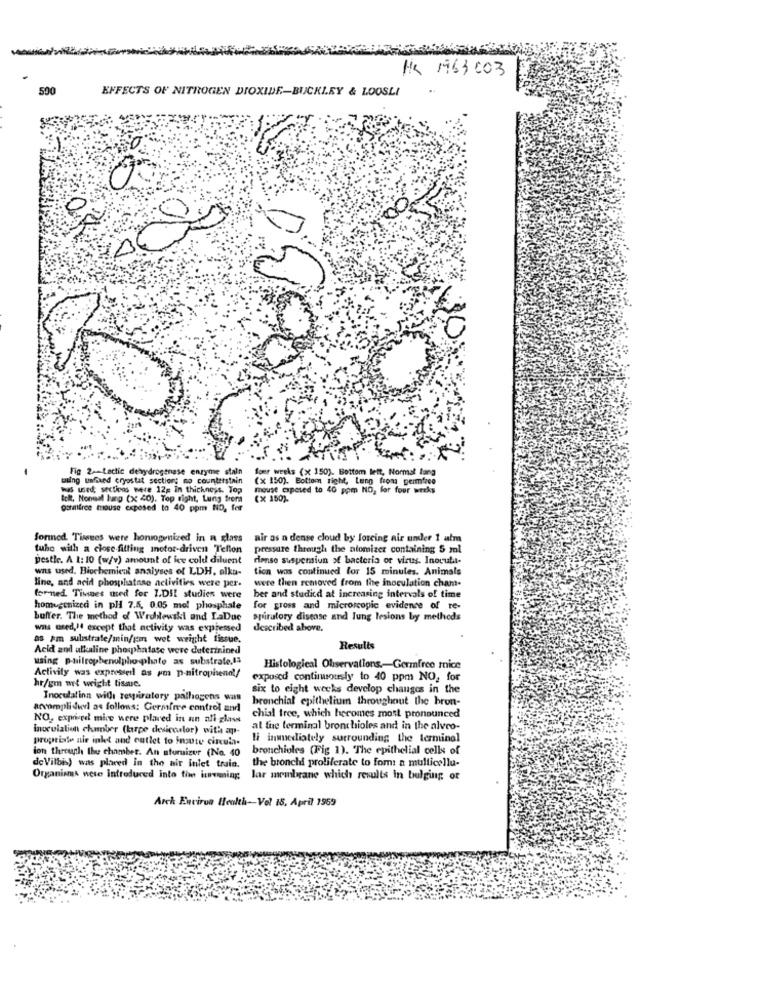
HK 1963003
500
EFFECTS OF NITROGEN DIOXIDE-BUCKLEY & LOOSLI
0
Fig 2 .- Lactic dehydrogenase enzyme stain
four weeks (x 150). Bottom left, Normal lana
tsing unfixed cryostat sections no counterstain
(x 150). Bottom right, Leng from germfree
was used; sections were 12s in thickness. Top
mouse caposed to 40 pom NO, for four weeks
tok, Nonent lung (x 40). Top right, Lung frem
(X 150).
gormfree mouse exposed to 40 ppm NO, for
Sonmed Timees were homogenized in a glass
air as a dense cloud by forcing air under 1 alm
tube with a close-fitting inotor-driven Teflon
pressure through the atomizer containing 5 ml
pestle. A 1: 10 (w/v) amount of ice cold diluent
denso suspension of bacteria or virus. Inocult-
was used. Biochemical analyses of LDH. alku- tica was continued for 15 minutes. Animals
line, and acid phosphatase activities were per.
line, and acid phosphatase activities were per. were then removed from the inoculation cham-
forned Timmes used for ZDII studien were
ber and studied at increasing intervals of time
homogenized in pl 7.5. 0.05 mol phosphate
for gross and microscopic evidence of re-
buffer. The method of Wroblewski and LaDue
spiratory disease and lung lesions by methods
wns ured ,!! except that activity was expressed
described above.
as pm substrate/min/gm wet weight fissue.
Acid and alkaline phosphatase were determined
Results
using p-nitrophenolpho-phate as substrate.14
Histological Observations .- Germfree mice
Activity was expressed as pm p-nitrophenol/
hr/gm wet weight tissue.
exposed continuously to 40 ppm NO, for
six to eight weeks develop changes in the
Inoculation wid respiratory pathogens was
bronchial epithelium throughout the bron-
accompli diedl as follows: Germfree control and
NO, expriced mice were placed in an ali glass
chial tree, which hecomes most pronounced
inoculation chamber (large desiccalor) with ap-
at the terminal bronchioles and in the alveo-
proptiate air inlet and outlet to Inaute circula.
li inmuediately surrounding the terminal
ion through the chamber. An aturuizer (No. 40
bronchioles (Fig 1). The epithelial cells of
de Vilbis) was placed in the air Iniet train.
the bronchi proliferate to fom: a multicellu-
Organisms were introduced into the icemming
lar membrane which results In bulging or
Arch Environ Health-Vol 18. April 1959